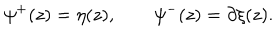
LaTeX: \psi ^ { + } ( z ) = \eta ( z ) , \qquad \psi ^ { - } ( z ) = \partial \xi ( z ) .